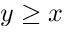
y \geq x